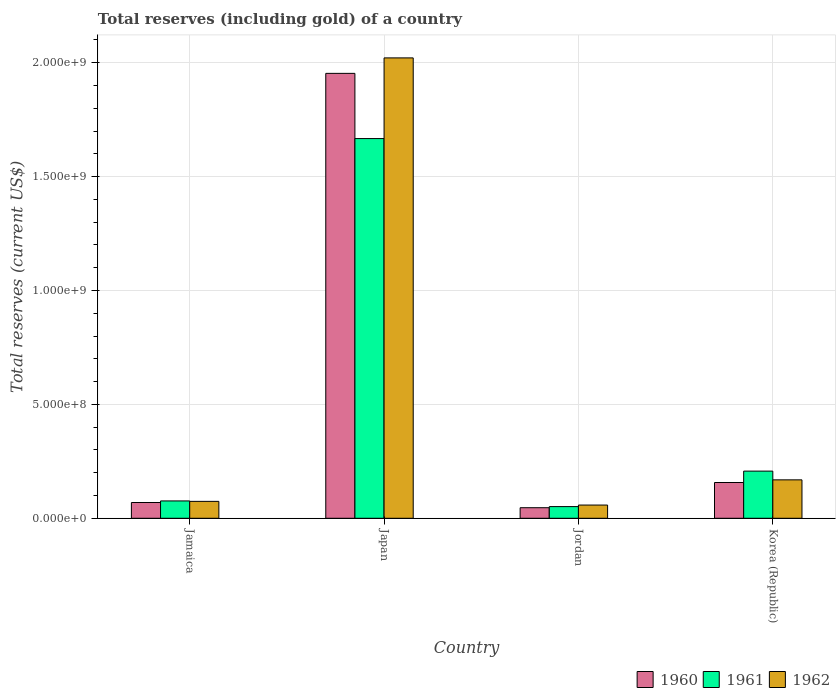
| Country | 1960 | 1961 | 1962 |
 | --- | --- | --- | --- |
 | Jamaica | 6.92e+07 | 7.61e+07 | 7.42e+07 |
 | Japan | 1.95e+09 | 1.67e+09 | 2.02e+09 |
 | Jordan | 4.64e+07 | 5.12e+07 | 5.8e+07 |
 | Korea (Republic) | 1.57e+08 | 2.07e+08 | 1.69e+08 |